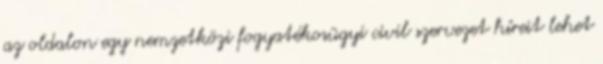
az oldalon egy nemzetközi fogyatékosügyi civil szervezet híreit lehet